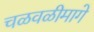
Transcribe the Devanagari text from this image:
चळवळीमागे